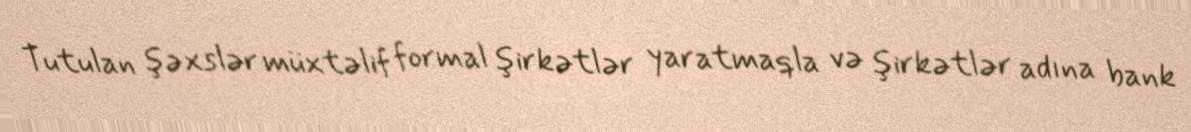
Tutulan şəxslər müxtəlif formal şirkətlər yaratmaqla və şirkətlər adına bank